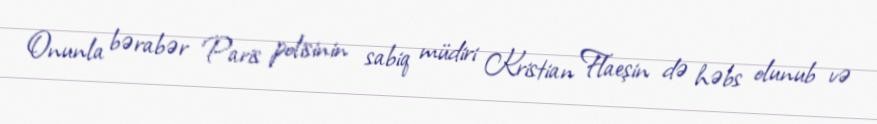
Onunla bərabər Paris polisinin sabiq müdiri Kristian Flaeşin də həbs olunub və